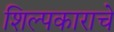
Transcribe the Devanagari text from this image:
शिल्पकाराचे